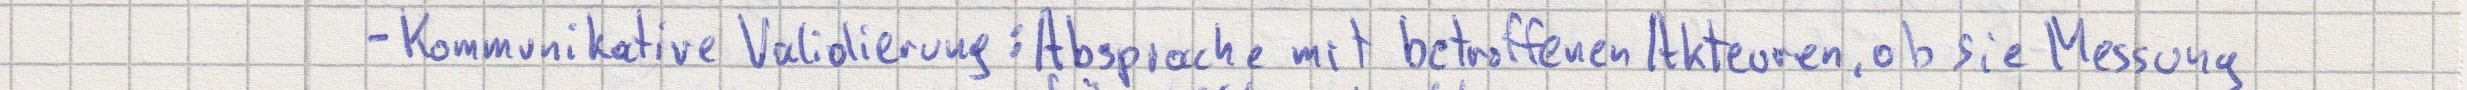
- Kommunikative Validierung: Absprache mit betroffenen Akteuren, ob sie Messung